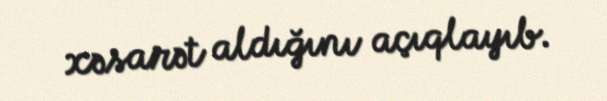
xəsarət aldığını açıqlayıb.